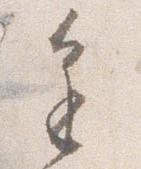
進